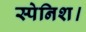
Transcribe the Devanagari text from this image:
स्पेनिश।